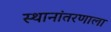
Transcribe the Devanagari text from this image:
स्थानांतरणाला